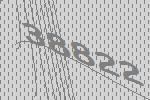
38822